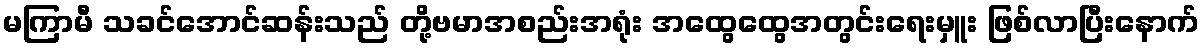
မကြာမီ သခင်အောင်ဆန်းသည် တို့ဗမာအစည်းအရုံး အထွေထွေအတွင်းရေးမှူး ဖြစ်လာပြီးနောက်